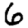
Digit: 6